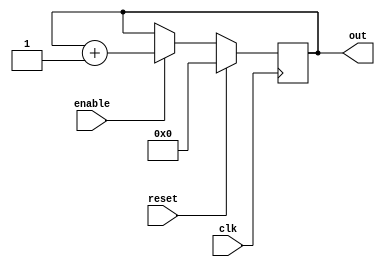
/*Important: Once you run ./a.out, it will keep running infinitely, because it is in an always block. You need to hit Ctrl +Z to stop it, else, the vcd will become a large file and will never end.

*/

module up_counter    (
out     ,  // Output of the counter
enable  ,  // enable for counter
clk     ,  // clock Input
reset      // reset Input
);

output [3:0] out;
//you can alternately write this as output reg [7:0] out;
input enable, clk, reset;
//------------Internal Variables--------
reg [3:0] out; 



always @(posedge clk)
if (reset) begin //reset ==1
  out = 4'b0 ;
end 
else if (enable) begin //reset =0
  out = out + 1;
end

endmodule